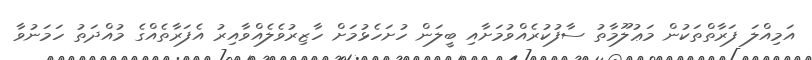
އަމިއްލަ ފަރާތްތަކުން މަޢުލޫމާތު ސާފުކުރެއްވުމަށާއި ބީލަން ހުށަހެޅުމަށް ހާޒިރުވެލެއްވާއިރު އެފަރާތެއްގެ މުއްދަތު ހަމަނުވާ